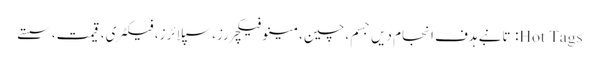
Hot Tags: تانبے ہدف انجام دیں جسم، چین، مینوفیکچررز، سپلائرز، فیکٹری، قیمت، سستے